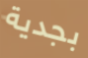
بجدية